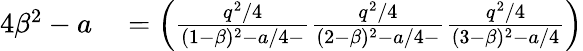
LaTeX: \begin{array}{rl}{4\beta^{2}-a}&{{}=\left(\frac{q^{2}/4}{(1-\beta)^{2}-a/4-}\frac{q^{2}/4}{(2-\beta)^{2}-a/4-}\frac{q^{2}/4}{(3-\beta)^{2}-a/4}\right)}\end{array}